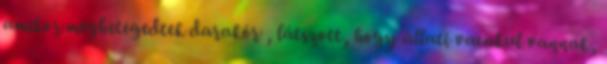
amikor megbetegedtek darakór , látszott, hogy állati vacakul vannak,